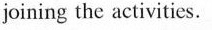
joining the activities.